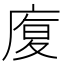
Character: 𭙦